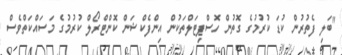
"ބަލި ފެތުރުން ކުޑަ ކުރުމުގެ ގޮތުން ހޮސްޕިޓަލްތަކުން އިންފެކްޝަން ކޮންޓްރޯލް ކުރުމުގެ މަސައްކަތްވެސް